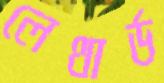
লেথার্ড